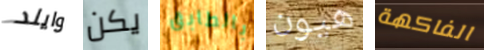
وايلد يكن بالطابق هيون الفاكهة